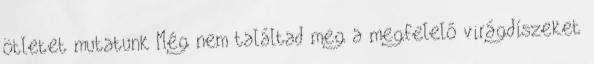
ötletet mutatunk Még nem találtad meg a megfelelő virágdíszeket